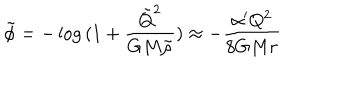
\tilde { \phi } = - \log { ( 1 + \frac { \tilde { Q } ^ { 2 } } { G M \tilde { \rho } } ) } \approx - \frac { \alpha ^ { \prime } Q ^ { 2 } } { 8 G M r }